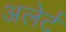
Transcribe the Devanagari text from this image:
अलेर्ट